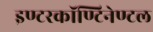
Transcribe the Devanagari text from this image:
इण्टरकॉण्टिनेण्टल